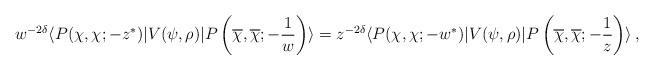
LaTeX: \begin{align*}w^{-2\delta}\langle P(\chi,\chi;-z^\ast)|V(\psi,\rho)|P\left(\overline\chi,\overline\chi;-{1\over w}\right)\rangle=z^{-2\delta}\langle P(\chi,\chi;-w^\ast)|V(\psi,\rho)|P\left(\overline\chi,\overline\chi;-{1\over z}\right)\rangle\,,\end{align*}